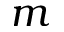
m